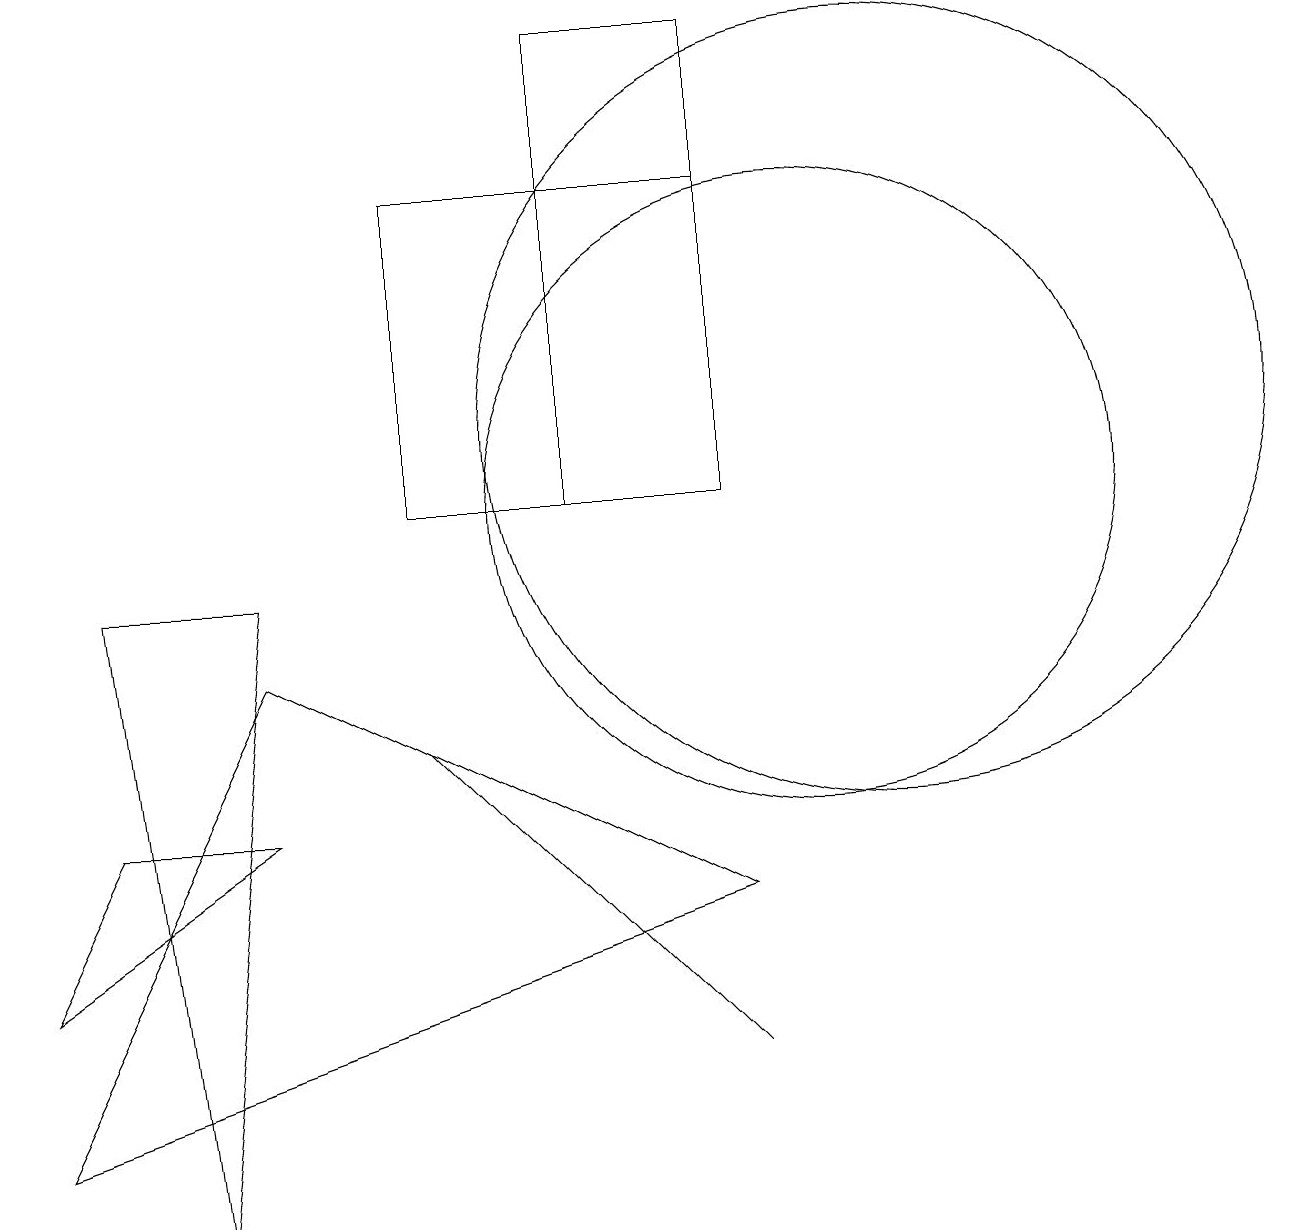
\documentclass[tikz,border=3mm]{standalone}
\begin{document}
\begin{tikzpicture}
\draw (5,14) rectangle (9,10);
\draw (9,3) -- (5,7) -- (7,5) -- cycle;
\draw (3,8) -- (0,2) -- (9,5) -- cycle;
\draw (2,1) -- (1,9) -- (3,9) -- cycle;
\draw (9,16) rectangle (7,10);
\draw (11,11) circle (5);
\draw (10,10) circle (4);
\draw (0,4) -- (1,6) -- (3,6) -- cycle;
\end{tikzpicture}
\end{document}